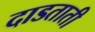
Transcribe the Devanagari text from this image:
दाडताती